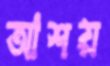
আশয়